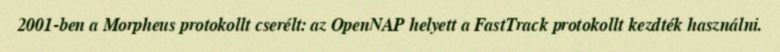
2001-ben a Morpheus protokollt cserélt: az OpenNAP helyett a FastTrack protokollt kezdték használni.